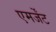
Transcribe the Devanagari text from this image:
एमर्जेंट